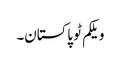
ویلکم ٹو پاکستان۔